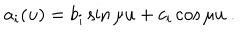
a _ { i } ( u ) = b _ { i } \sin \mu u + c _ { i } \cos \mu u ~ .